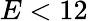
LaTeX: E<12